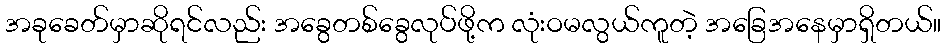
အခုခေတ်မှာဆိုရင်လည်း အခွေတစ်ခွေလုပ်ဖို့က လုံးဝမလွယ်ကူတဲ့ အခြေအနေမှာရှိတယ်။